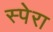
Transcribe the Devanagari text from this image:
स्पेरा